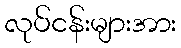
လုပ်ငန်းများအား